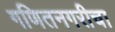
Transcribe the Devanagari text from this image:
गणितनगरीचा